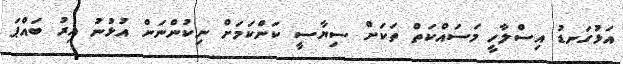
އަޅުގަނޑު އިސްލާހީ މަސައްކަތް ތަކަށް ސިޔާސީ ކަންކަމަށް ނިކުންނަން އުޅުނު އިރު ބައްޕަ